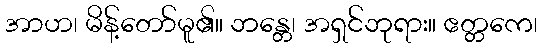
အာဟ၊ မိန့်တော်မူ၏။ ဘန္တေ၊ အရှင်ဘုရား။ ဧတ္တကေ၊